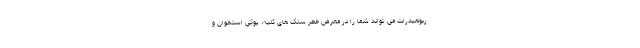
ربوهیدرات می تواند شما را در معرض خطر سنگ های کلیه، پوکی استخوان و